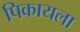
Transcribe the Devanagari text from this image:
पिकायला